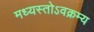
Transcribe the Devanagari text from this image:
मध्यस्तोऽवक्रम्य